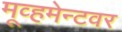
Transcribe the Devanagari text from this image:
मूव्हमेन्टवर